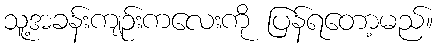
သူ့အခန်းကျဉ်းကလေးကို ပြန်ရတော့မည်။